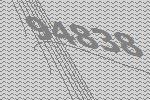
94838